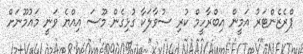
ޕްރެޒެންޓަރު އަމީން އިބްރާހީމް ކުރި ސުވާލަަކާ ގުޅިގެން މޫސަ އިއްޔެ ވަނީ މައުމޫނަށް